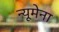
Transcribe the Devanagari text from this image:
न्यूमेना